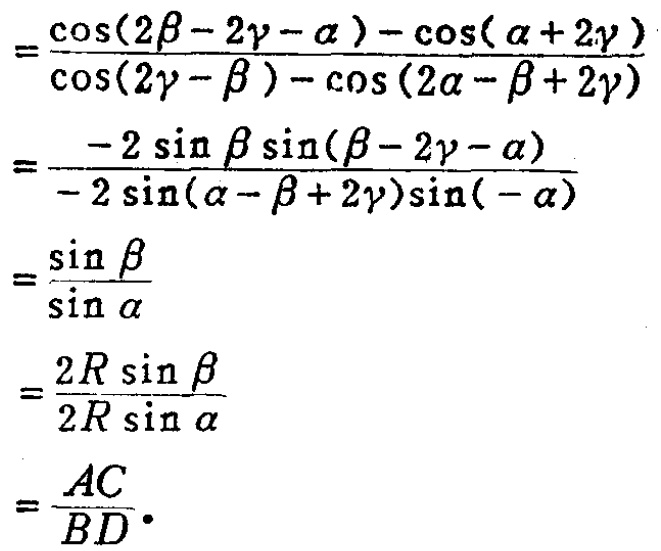
\[
\begin{align*}
&=\frac{\cos(2\beta - 2\gamma-\alpha)-\cos(\alpha + 2\gamma)}{\cos(2\gamma-\beta)-\cos(2\alpha-\beta + 2\gamma)}\\
&=\frac{-2\sin\beta\sin(\beta - 2\gamma-\alpha)}{-2\sin(\alpha-\beta + 2\gamma)\sin(-\alpha)}\\
&=\frac{\sin\beta}{\sin\alpha}\\
&=\frac{2R\sin\beta}{2R\sin\alpha}\\
&=\frac{AC}{BD}
\end{align*}
\]